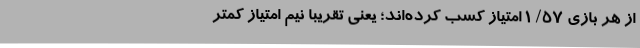
از هر بازی 57/ 1 امتیاز کسب کرده‌اند؛ یعنی تقریبا نیم امتیاز کمتر